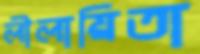
লীলায়িতা